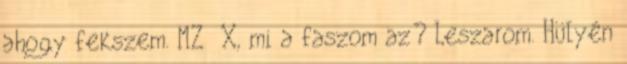
ahogy fekszem. MZ X, mi a faszom az? Leszarom. Hülyén